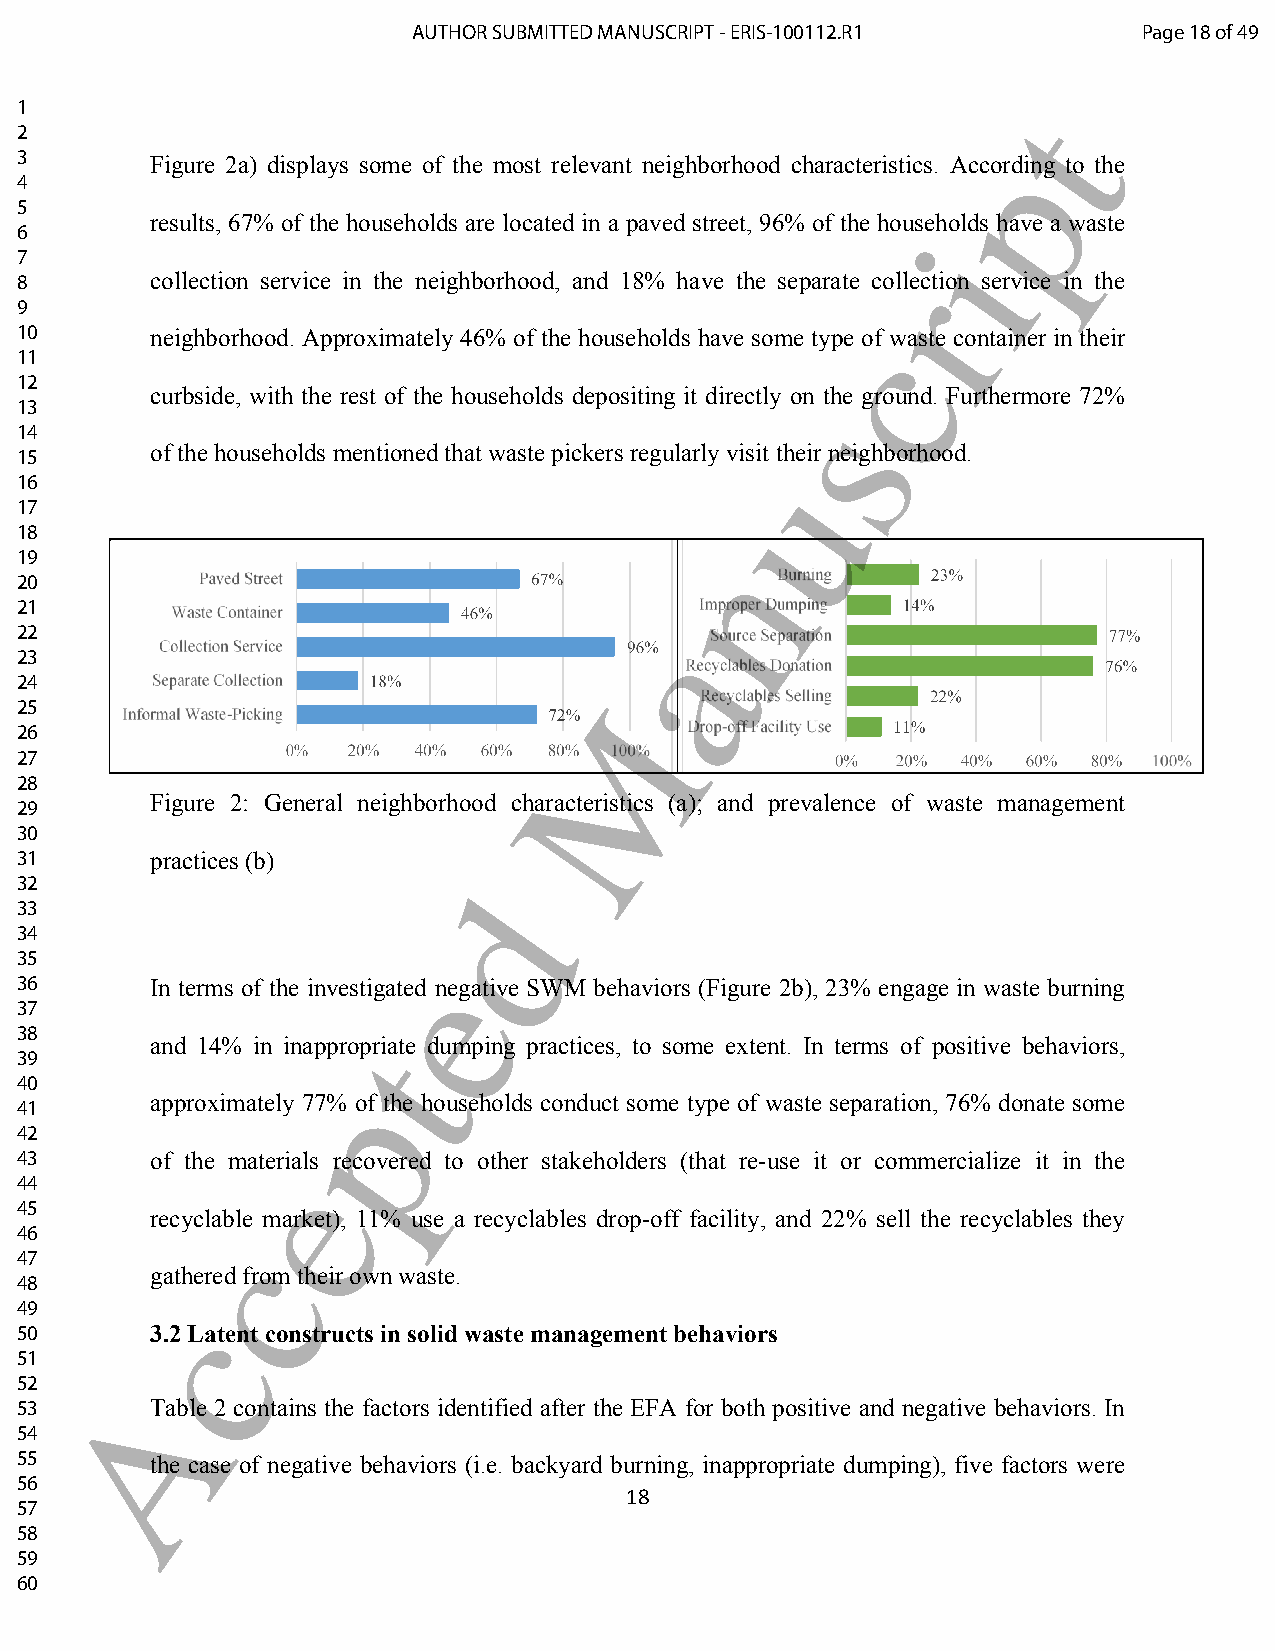
AUTHOR SUBMITTED MANUSCRIPT - ERIS-100112.R1     Page 18 of 49
 1                                                                 t
 2
 p
 3        Figure 2a) displays some of the most relevant neighborhood characteristics. According to the
 4
 5
 results, 67% of the households are located in a paved street, 96% of the households have a waste
 6                                                           i
 7
 8        collection service in the neighborhood, and 18% have the separate corllection service in the
 9
 10       neighborhood. Approximately 46% of the households have some typec of waste container in their
 11
 12
 curbside, with the rest of the households depositing it directly on the ground. Furthermore 72%
 s
 13
 14
 of the households mentioned that waste pickers regularly visit their neighborhood.
 15
 u
 16
 17
 18
 n
 19
 20
 21
 a
 22
 23
 24
 M
 25
 26
 27
 28
 Figure 2: General neighborhood characteristics (a); and prevalence of waste management
 29
 30
 31       practices (b)
 32                           d
 33
 34
 35
 e
 36       In terms of the investigated negative SWM behaviors (Figure 2b), 23% engage in waste burning
 37
 38                    t
 and 14% in inappropriate dumping practices, to some extent. In terms of positive behaviors,
 39
 40                  p
 approximately 77% of the households conduct some type of waste separation, 76% donate some
 41
 42
 43       of the mateerials recovered to other stakeholders (that re-use it or commercialize it in the
 44
 45
 recyclable market), 11% use a recyclables drop-off facility, and 22% sell the recyclables they
 46           c
 47
 gathered from their own waste.
 48
 49        c
 50       3.2 Latent constructs in solid waste management behaviors
 51
 52     A
 53       Table 2 contains the factors identified after the EFA for both positive and negative behaviors. In
 54
 55       the case of negative behaviors (i.e. backyard burning, inappropriate dumping), five factors were
 56
 18
 57
 58
 59
 60